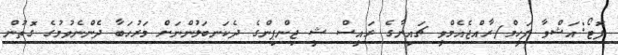
ފޮޓޯ:އަޝްވާ ފަހީމް/ރާއްޖެއެމްވީ ޗައިނާގެ ރައީސް ޝީ ޖިންޕިންގެ ދެކަނބަލުންނަށް މަރުހަބާ ދެންނެވުމުގެ ގޮތުން